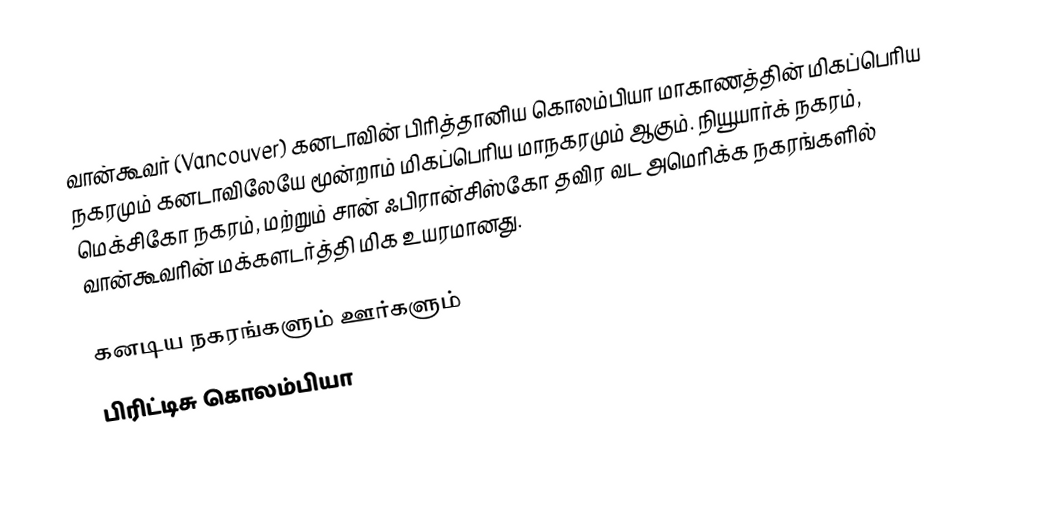
வான்கூவர் (Vancouver) கனடாவின் பிரித்தானிய கொலம்பியா மாகாணத்தின் மிகப்பெரிய நகரமும் கனடாவிலேயே மூன்றாம் மிகப்பெரிய மாநகரமும் ஆகும். நியூயார்க் நகரம், மெக்சிகோ நகரம், மற்றும் சான் ஃபிரான்சிஸ்கோ தவிர வட அமெரிக்க நகரங்களில் வான்கூவரின் மக்களடர்த்தி மிக உயரமானது.

கனடிய நகரங்களும் ஊர்களும்
பிரிட்டிசு கொலம்பியா